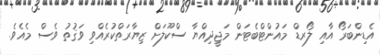
އެޑިންބަރޯ އާއި ލޯރޑް މައުންޓްބެޓަން މަޖީދިއްޔާ ސްކޫލަށް ޒިޔާރަތްކުރެއްވި ވަޤުތު ވެސް މެއެވެ.